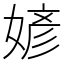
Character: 𪦎